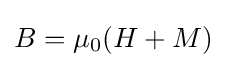
B=\mu _{0}(H+M)